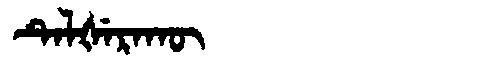
Manchu: ᡨᡝᠯᡧᡝᡵᠠᡴᡡ
Romanization: TELŠERAKŪ